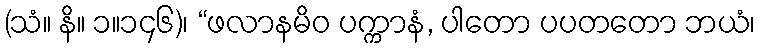
(သံ။ နိ။ ၁။၁၄၆)၊ “ဖလာနမိဝ ပက္ကာနံ, ပါတော ပပတတော ဘယံ၊